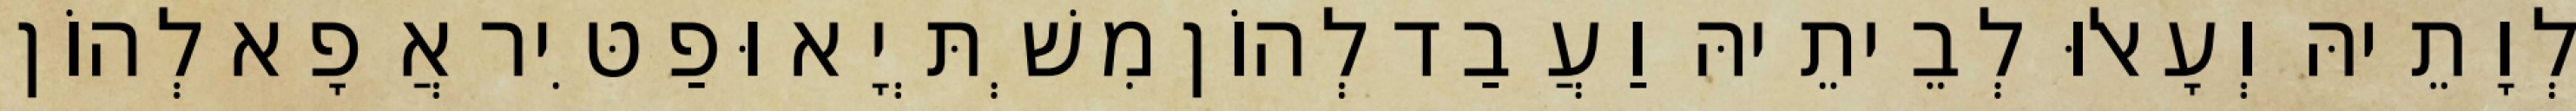
לְוָתֵיהּ וְעָאלוּ לְבֵיתֵיהּ וַעֲבַד לְהוֹן מִשְׁתְּיָא וּפַטִּיר אֲפָא לְהוֹן